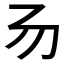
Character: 𠃓